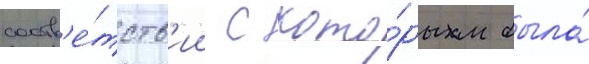
соотв'е́тств'ии с кото́рым была́